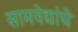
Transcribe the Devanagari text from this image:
सामवेद्यांचे